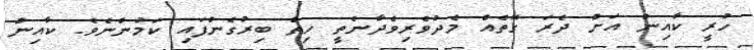
ހުރީ ކާއިން އަށް ދެރަ ގޮތެއް މެދުވެރިވެދާނެތީ ހިތް ބިރުގެންފައި ކަމުންނެވެ. ކާއިން